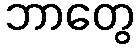
ဘာတွေ